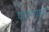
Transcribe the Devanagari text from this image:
पाहण्यावर